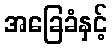
အခြေခံနှင့်